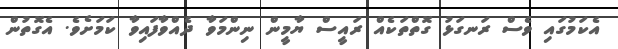
އެކަމުގައި ވެސް ރަނގަޅު ގޮތްތަކެއް ރައީސް ޔާމީން ނިންމަވާ ދެއްވާފައިވާ ކަމަށެވެ. އެގޮތުން